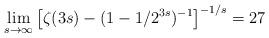
LaTeX: \begin{align*}\lim_{s\to\infty} \left[\zeta(3s)-(1-1/2^{3s})^{-1}\right]^{-1/s}=27\end{align*}